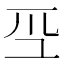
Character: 𭗻